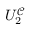
U _ { 2 } ^ { \mathcal { C } }